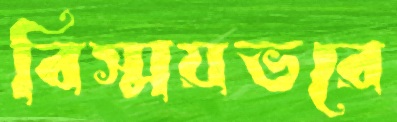
বিস্ময়ভরে